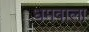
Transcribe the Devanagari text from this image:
धमवाला